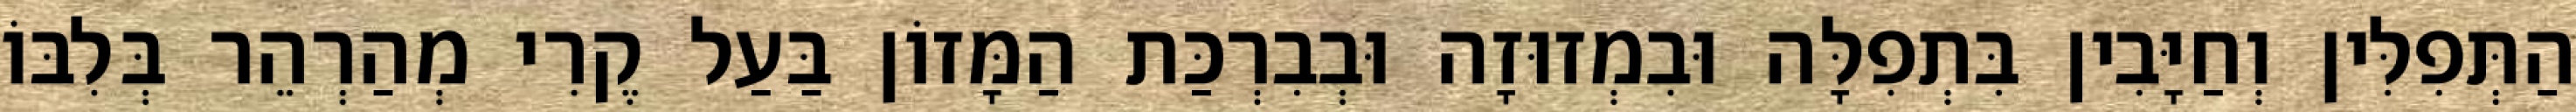
הַתְּפִלִּין וְחַיָּבִין בִּתְפִלָּה וּבִמְזוּזָה וּבְבִרְכַּת הַמָּזוֹן בַּעַל קֶרִי מְהַרְהֵר בְּלִבּוֹ